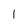
Character: l